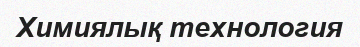
Химиялық технология